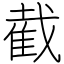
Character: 截